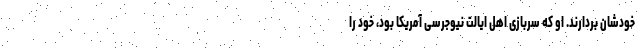
خودشان بردارند. او که سربازی اهل ایالت نیوجرسی آمریکا بود، خود را